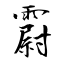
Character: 霨